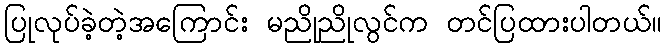
ပြုလုပ်ခဲ့တဲ့အကြောင်း မညိုညိုလွင်က တင်ပြထားပါတယ်။